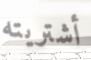
أشتريته